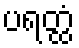
ပရတ္ထံ